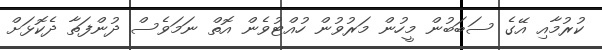
ކުރުމާއި އޭގެ ސަބަބުން މީހުން މަރުވުން ހުއްޓުވެން އޮތް ނަމަވެސް ދުންފަތާ ދެކޮޅަށް